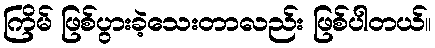
ကြိမ် ဖြစ်ပွားခဲ့သေးတာလည်း ဖြစ်ပါတယ်။